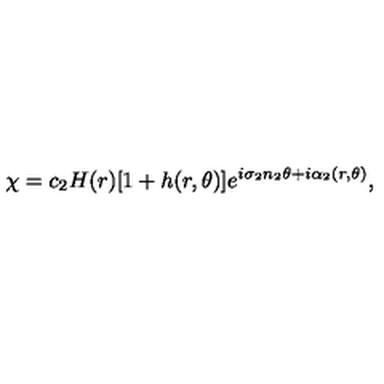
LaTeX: \chi = c _ { 2 } H ( r ) [ 1 + h ( r , \theta ) ] e ^ { i \sigma _ { 2 } n _ { 2 } \theta + i \alpha _ { 2 } ( r , \theta ) } ,